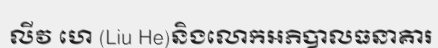
លីវ ហេ (Liu He)និងលោកអភិបាលធនាគារ